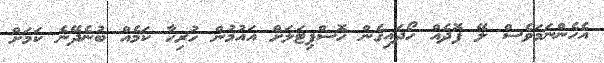
އެހެންނަމަވެސް ލޭ ފޮދެއް ހޯދައިގެން ހޮސްޕިޓަލަށް އައުމުން ހުރިހާ ކަމެއް ބުނެދޭނެ ކަމަށް